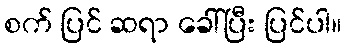
စက် ပြင် ဆရာ ခေါ်ပြီး ပြင်ပါ။